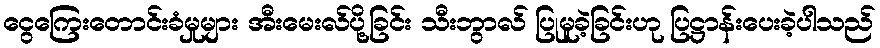
ငွေကြေးတောင်းခံမှုများ အီးမေးလ်ပို့ခြင်း သီးဘွာလ် ပြုမူခဲ့ခြင်းဟု ပြဋ္ဌာန်းပေးခဲ့ပါသည်